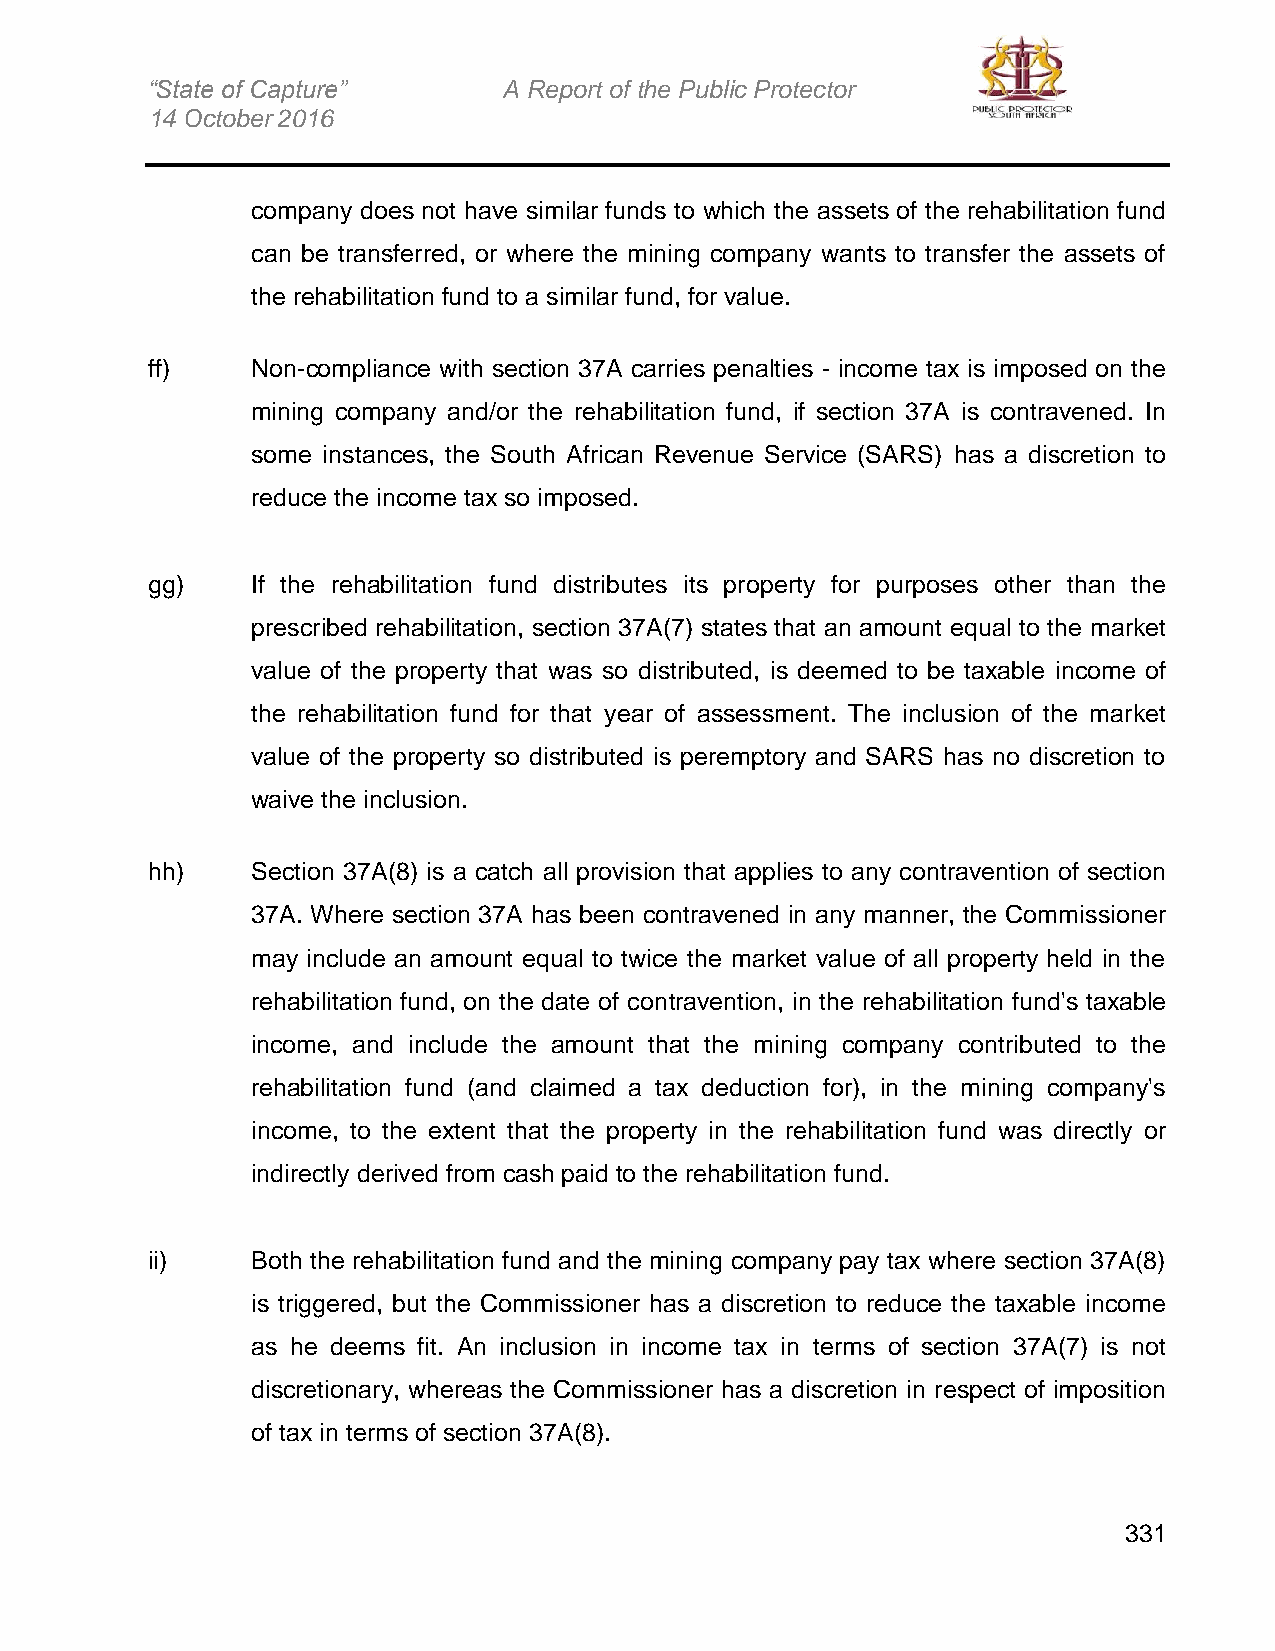
“State of Capture”     A Report of the Public Protector
 14 October 2016
 company does not have similar funds to which the assets of the rehabilitation fund
 can be transferred, or where the mining company wants to transfer the assets of
 the rehabilitation fund to a similar fund, for value.
 ff)    Non-compliance with section 37A carries penalties - income tax is imposed on the
 mining company and/or the rehabilitation fund, if section 37A is contravened. In
 some instances, the South African Revenue Service (SARS) has a discretion to
 reduce the income tax so imposed.
 gg)    If the rehabilitation fund distributes its property for purposes other than the
 prescribed rehabilitation, section 37A(7) states that an amount equal to the market
 value of the property that was so distributed, is deemed to be taxable income of
 the rehabilitation fund for that year of assessment. The inclusion of the market
 value of the property so distributed is peremptory and SARS has no discretion to
 waive the inclusion.
 hh)    Section 37A(8) is a catch all provision that applies to any contravention of section
 37A. Where section 37A has been contravened in any manner, the Commissioner
 may include an amount equal to twice the market value of all property held in the
 rehabilitation fund, on the date of contravention, in the rehabilitation fund's taxable
 income, and include the amount that the mining company contributed to the
 rehabilitation fund (and claimed a tax deduction for), in the mining company's
 income, to the extent that the property in the rehabilitation fund was directly or
 indirectly derived from cash paid to the rehabilitation fund.
 ii)    Both the rehabilitation fund and the mining company pay tax where section 37A(8)
 is triggered, but the Commissioner has a discretion to reduce the taxable income
 as he deems fit. An inclusion in income tax in terms of section 37A(7) is not
 discretionary, whereas the Commissioner has a discretion in respect of imposition
 of tax in terms of section 37A(8).
 331